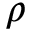
\rho